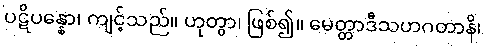
ပဋိပန္နော၊ ကျင့်သည်။ ဟုတွာ၊ ဖြစ်၍။ မေတ္တာဒီသဟဂတာနိ၊